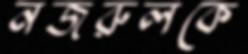
নজরুলকে